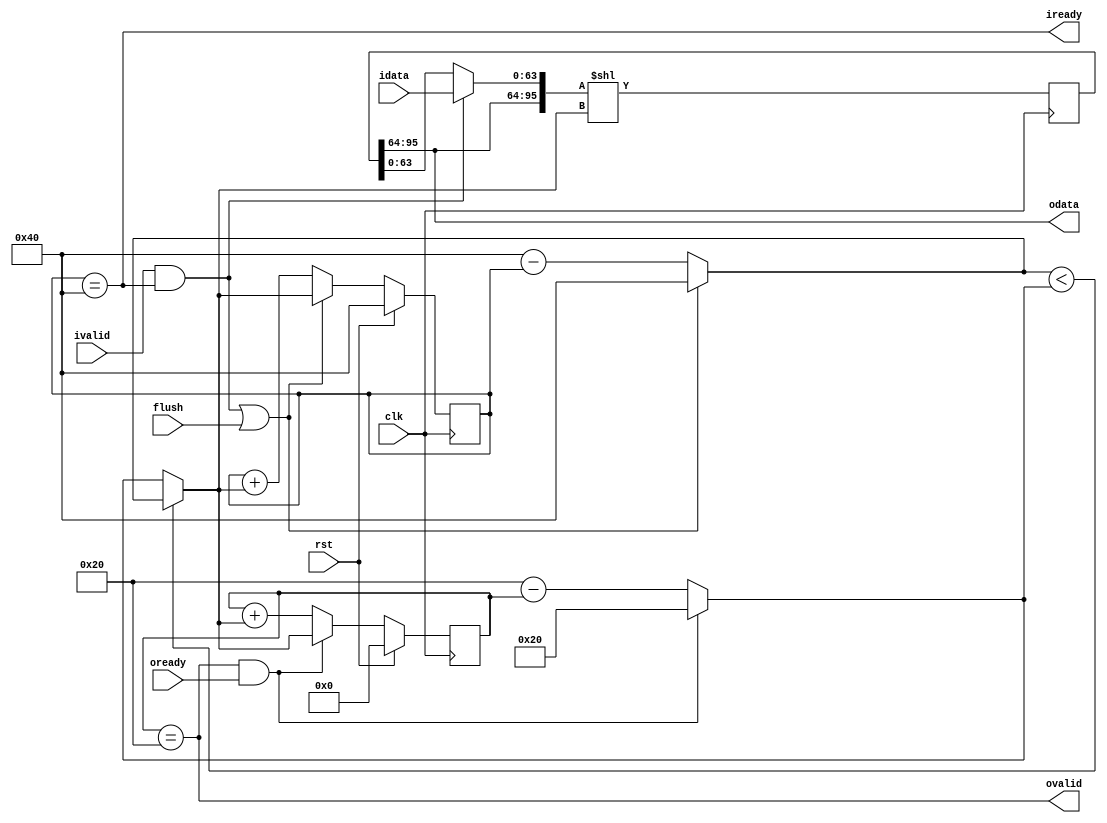
`timescale 1ns / 1ns

module WidthAdapter
#(
    parameter IW = 64,
    parameter OW = 32
)
(
    input               clk,
    input               rst,
    input  [IW - 1 : 0] idata,
    input               ivalid,
    output              iready,
    output [OW - 1 : 0] odata,
    output              ovalid,
    input               oready,
    input               flush
);

    generate
        if (IW == OW) begin
            // trivial case
            assign iready = oready;
            assign ovalid = ivalid;
            assign odata = idata;
        end
        else begin
            localparam BUFLEN = IW + OW;
            localparam MAX_WIDTH = IW > OW ? IW : OW;
            localparam CNTLEN = $clog2(MAX_WIDTH+1);

            // buffer for storing data
            reg [BUFLEN-1:0] buffer;

            // input/output pointers
            reg [CNTLEN-1:0] iptr;
            reg [CNTLEN-1:0] optr;

            assign iready = iptr == IW;
            assign ovalid = optr == OW;
            assign odata = buffer[BUFLEN-1:IW];

            // indication for handshake
            wire ifire = ivalid && iready;
            wire ofire = ovalid && oready;

            // shift operand
            wire [BUFLEN-1:0] shift_in = ifire ? {odata, idata} : buffer;

            // available shift amoount for iptr and optr respectively
            wire [CNTLEN-1:0] iavail = (ifire || flush) ? IW : IW - iptr;
            wire [CNTLEN-1:0] oavail = ofire ? OW : OW - optr;

            // the final shift amount
            wire [CNTLEN-1:0] sa = iavail < oavail ? iavail : oavail;

            always @(posedge clk) begin
                if (rst) iptr <= IW;
                else iptr <= (ifire || flush) ? sa : iptr + sa;
            end

            always @(posedge clk) begin
                if (rst) optr <= 0;
                else optr <= ofire ? sa : optr + sa;
            end

            always @(posedge clk) buffer <= shift_in << sa;
        end
    endgenerate

endmodule